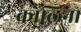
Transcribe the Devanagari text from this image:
कोलिना